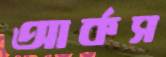
আর্কস